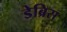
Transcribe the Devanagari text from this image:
डेब्रिस